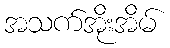
အသက်အိုးအိမ်